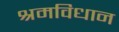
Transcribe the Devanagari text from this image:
श्रमविधान